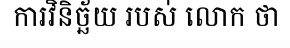
ការវិនិច្ឆ័យ របស់ លោក ថា